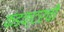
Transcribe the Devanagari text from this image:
कंडक्टरची